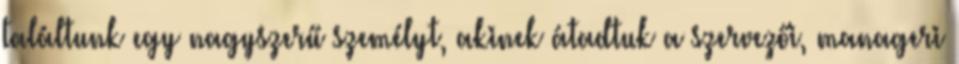
találtunk egy nagyszerű személyt, akinek átadtuk a szervezői, manageri